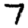
Digit: 7